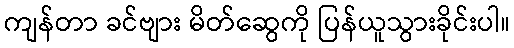
ကျန်တာ ခင်ဗျား မိတ်ဆွေကို ပြန်ယူသွားခိုင်းပါ။